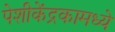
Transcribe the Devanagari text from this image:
पेशीकेंद्रकामध्ये